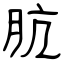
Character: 肮